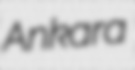
Ankara